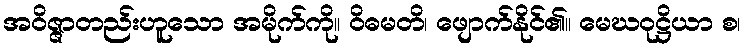
အဝိဇ္ဇာတည်းဟူသော အမိုက်ကို။ ဝိဓမတိ၊ ဖျောက်နိုင်၏။ မေဃဝုဋ္ဌိယာ စ၊